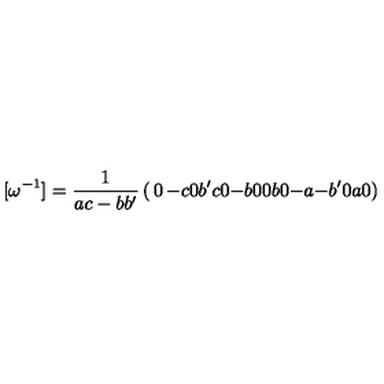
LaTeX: [ { { \omega } ^ { - 1 } } ] = { \frac { 1 } { a c - b { b ^ { \prime } } } } \left( \begin{matrix} { 0 } & { - c } & { 0 } & { { b ^ { \prime } } } \\ { c } & { 0 } & { - b } & { 0 } \\ { 0 } & { b } & { 0 } & { - a } \\ { - { b ^ { \prime } } } & { 0 } & { a } & { 0 } \\ \end{matrix} \right)